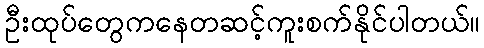
ဦးထုပ်တွေကနေတဆင့်ကူးစက်နိုင်ပါတယ်။